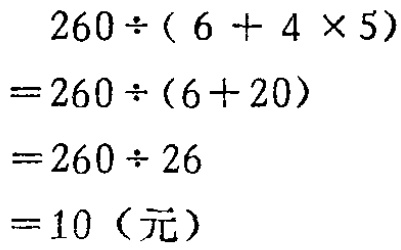
\[
\begin{align*}
&260\div(6 + 4\times5)\\
=&260\div(6 + 20)\\
=&260\div26\\
=&10 \text{（元）}
\end{align*}
\]